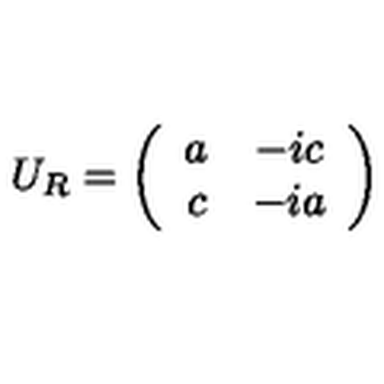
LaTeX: U _ { R } = \left( \begin{array} { c c } { a } & { - i c } \\ { c } & { - i a } \\ \end{array} \right)